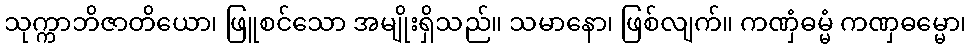
သုက္ကာဘိဇာတိယော၊ ဖြူစင်သော အမျိုးရှိသည်။ သမာနော၊ ဖြစ်လျက်။ ကဏှံဓမ္မံ ကဏှဓမ္မော၊